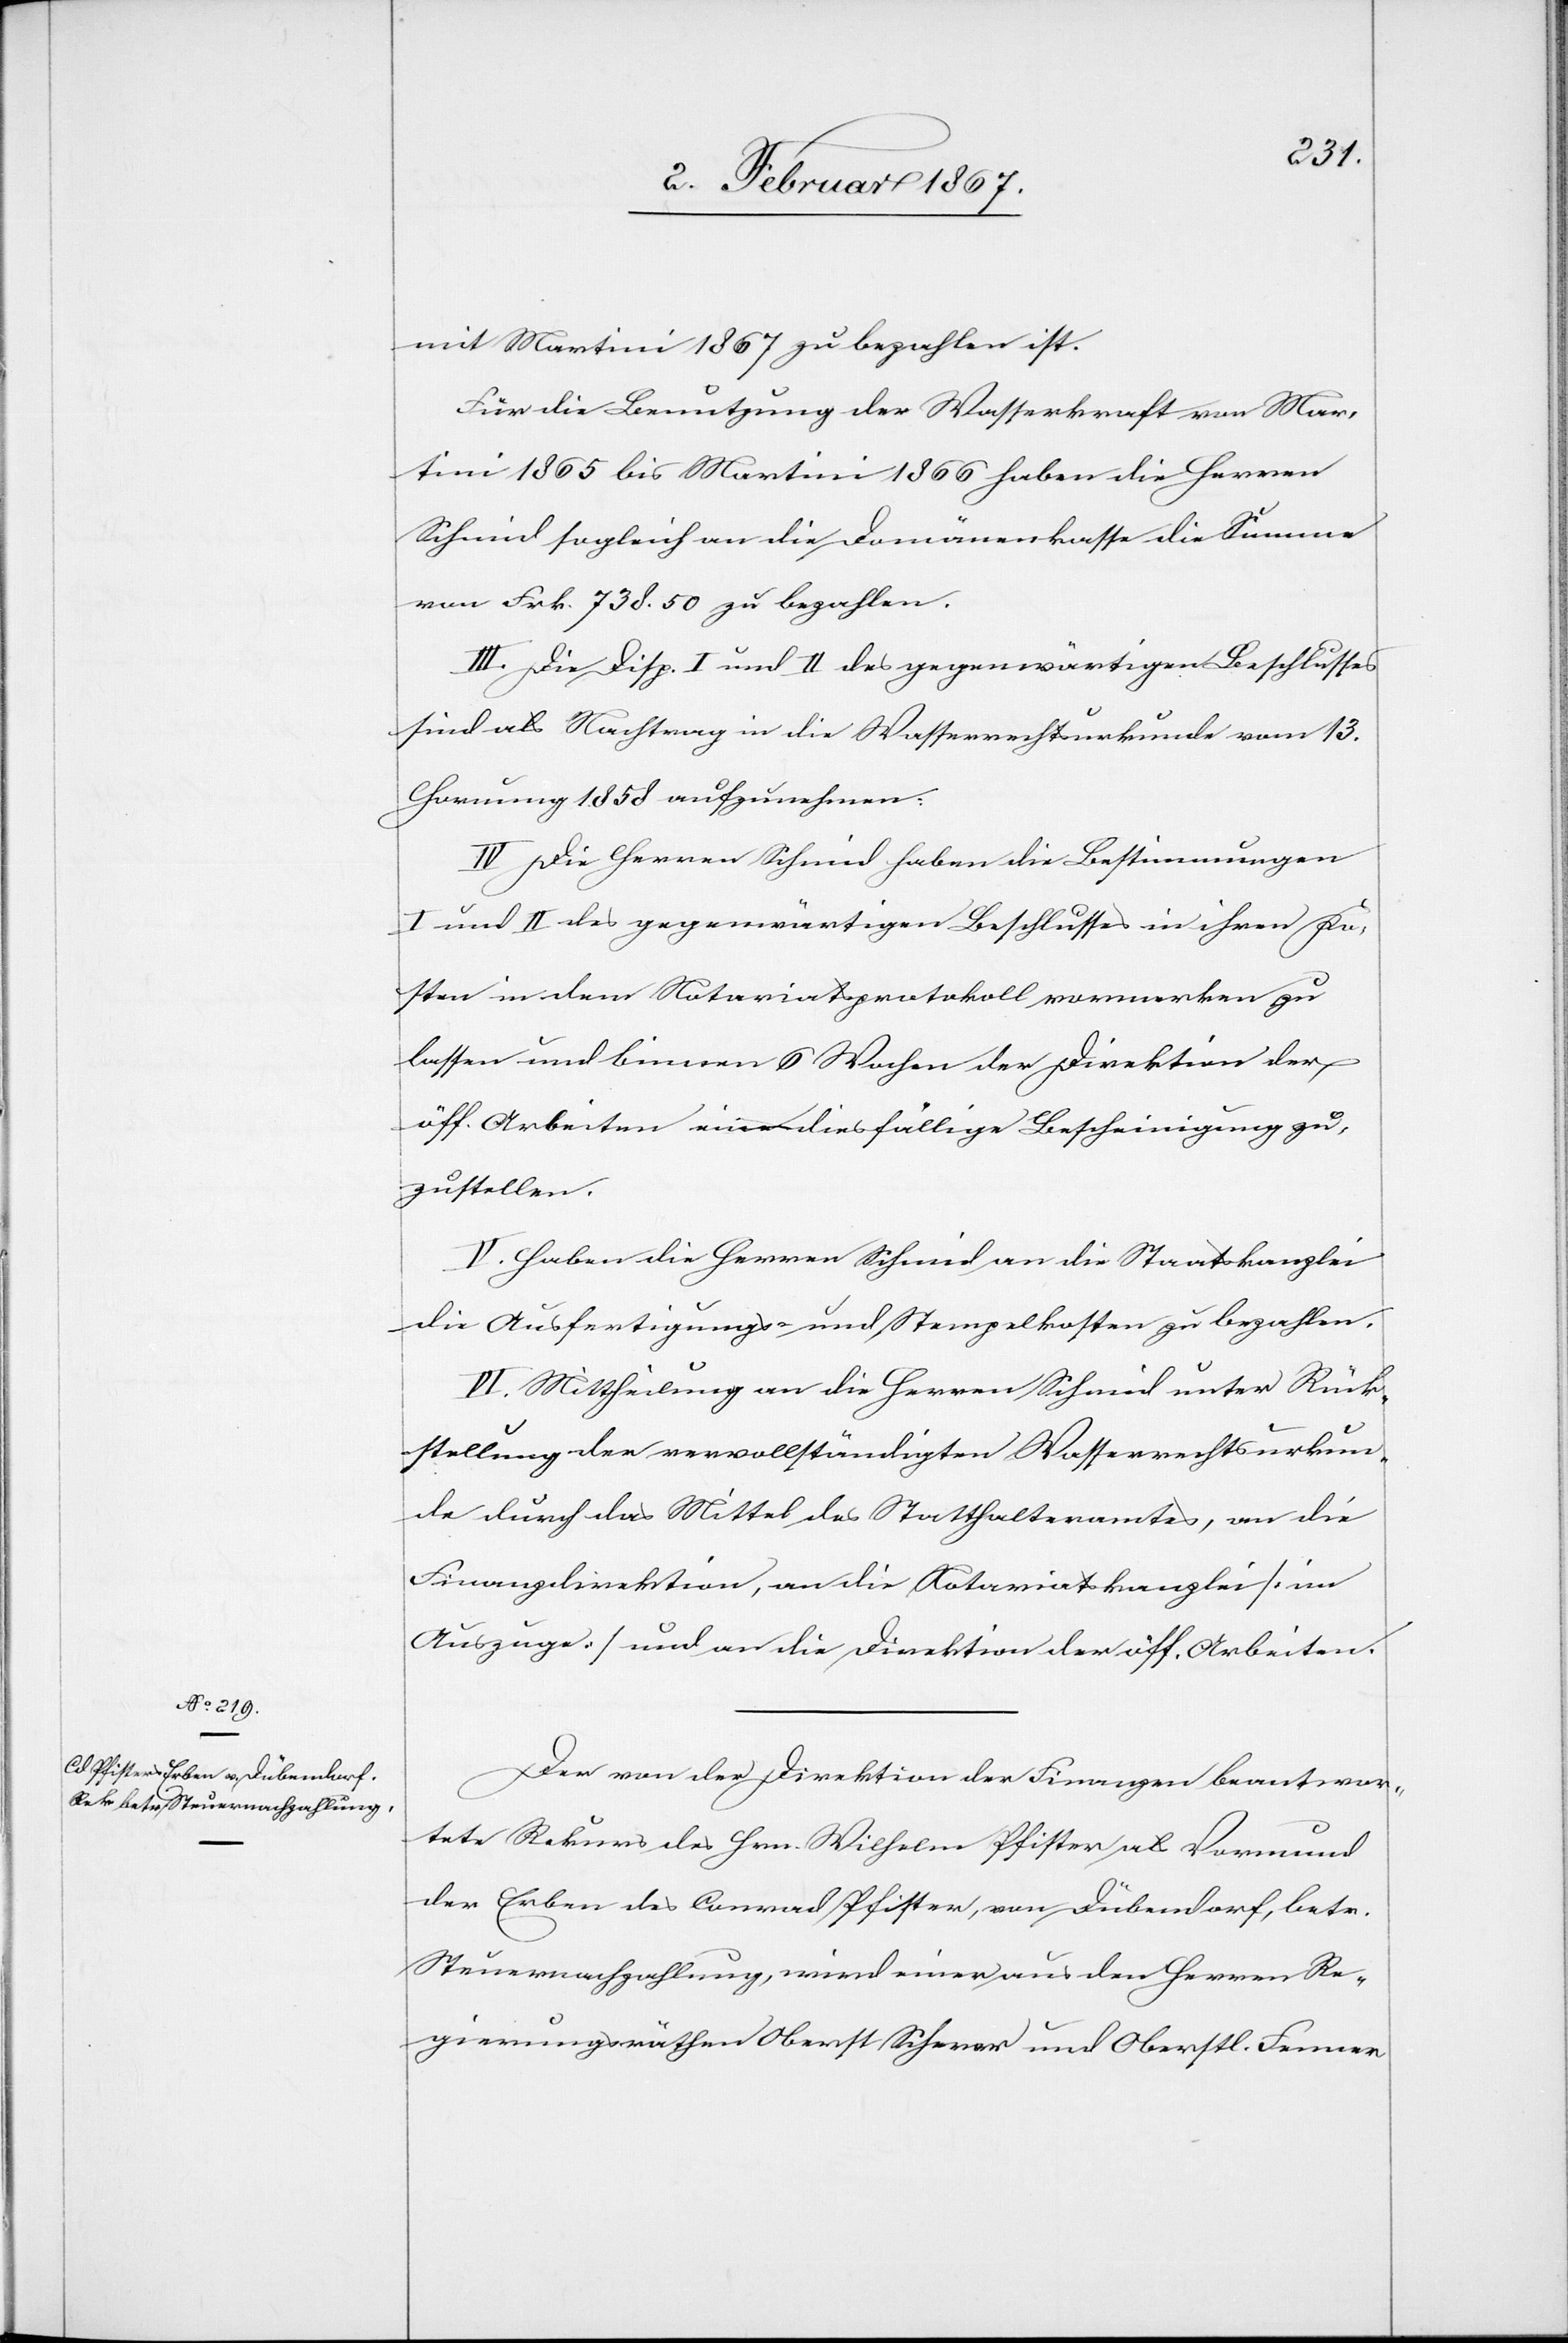
mit Martini 1867 zu bezahlen ist.
Für die Benutzung der Wasserkraft von Mar¬
tini 1865 bis Martini 1866 haben die Herren
Schmid sogleich an die Domänenkasse die Summe
von Frk. 738,50 zu bezahlen.
III. Die Disp. I und II des gegenwärtigen Beschlusses
sind als Nachtrag in die Wasserrechtsurkunde vom 13.
Hornung 1856 aufzunehmen:
IV. Die Herren Schmid haben die Bestimmungen
I und II des gegenwärtigen Beschlusses in ihren Ko¬
sten in dem Notariatsprotokoll vormerken zu
lassen und binnen 6 Wochen der Direktion der
öff. Arbeiten eine diesfällige Bescheinigung zu¬
zustellen.
V. Haben die Herren Schmid an die Staatskanzlei
die Ausfertigungs- und Stempelkosten zu bezahlen.
VI. Mittheilung an die Herren Schmid unter Rück¬
stellung der vervollständigten Wasserrechtsurkun¬
de durch das Mittel des Statthalteramtes, an die
Finanzdirektion, an die Notariatskanzlei [im
Auszuge] und an die Direktion der öff. Arbeiten.
Der von der Direktion der Finanzen beantwor¬
tete Rekurs des Hrn. Wilhelm Pfister als Vormund
der Erben des Conrad Pfister, von Dübendorf, betr.
Steuernachzahlung, wird einer aus den Herren Re¬
gierungsräthen Oberst Scherer und Oberstl. Former